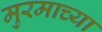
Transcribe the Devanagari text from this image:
मुरमाच्या